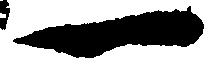
一